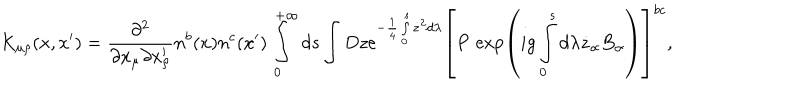
K _ { \mu \rho } ( x , x ^ { \prime } ) = \frac { \partial ^ { 2 } } { \partial x _ { \mu } \partial x _ { \rho } ^ { \prime } } n ^ { b } ( x ) n ^ { c } ( x ^ { \prime } ) \int _ { 0 } ^ { + \infty } d s \int D z \mathrm { e } ^ { - \frac 1 4 \int _ { 0 } ^ { s } \dot { z } ^ { 2 } d \lambda } \left[ P { \, } \exp \left( i g \int _ { 0 } ^ { s } d \lambda \dot { z } _ { \alpha } B _ { \alpha } \right) \right] ^ { b c } ,